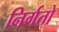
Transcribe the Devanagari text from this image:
निर्गतो